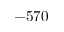
- 5 7 0